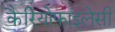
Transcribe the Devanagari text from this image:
कैरियोफाइलेसी